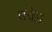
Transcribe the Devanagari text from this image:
क्वेइ